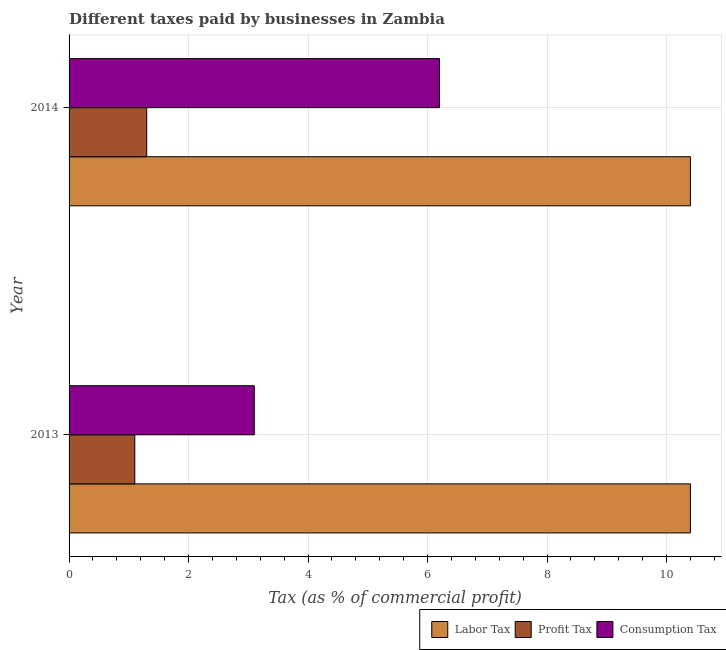
| Year | Labor Tax | Profit Tax | Consumption Tax |
 | --- | --- | --- | --- |
 | 2013 | 10.4 | 1.1 | 3.1 |
 | 2014 | 10.4 | 1.3 | 6.2 |